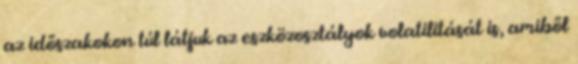
az időszakokon túl látjuk az eszközosztályok volatilitását is, amiből